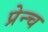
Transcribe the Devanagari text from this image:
प्रेन्च